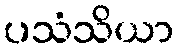
ပသံသိယာ